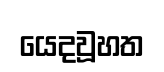
යෙදවූහත